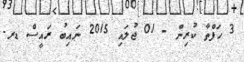
3 ހަފްތާ ކުރިން - 01 ޖުލައި 2015 ނައިބު ރައީސް ޑރ.